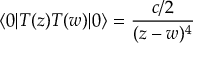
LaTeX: \langle 0 | T ( z ) T ( w ) | 0 \rangle = \frac { c / 2 } { ( z - w ) ^ { 4 } }